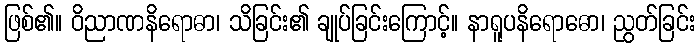
ဖြစ်၏။ ဝိညာဏနိရောဓာ၊ သိခြင်း၏ ချုပ်ခြင်းကြောင့်။ နာရူပနိရောဓော၊ ညွတ်ခြင်း